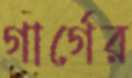
গার্গের